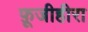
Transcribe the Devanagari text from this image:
फ़ूजीहीरा